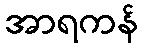
အာရကန်